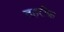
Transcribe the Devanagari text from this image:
तहरीफ़